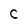
Character: C